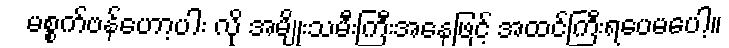
မစ္စက်ဗန်ဟော့ပါး လို အမျိုးသမီးကြီးအနေဖြင့် အထင်ကြီးရပေမပေါ့။